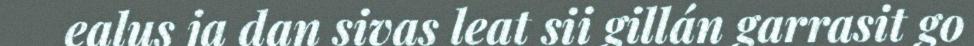
ealus ja dan sivas leat sii gillán garrasit go